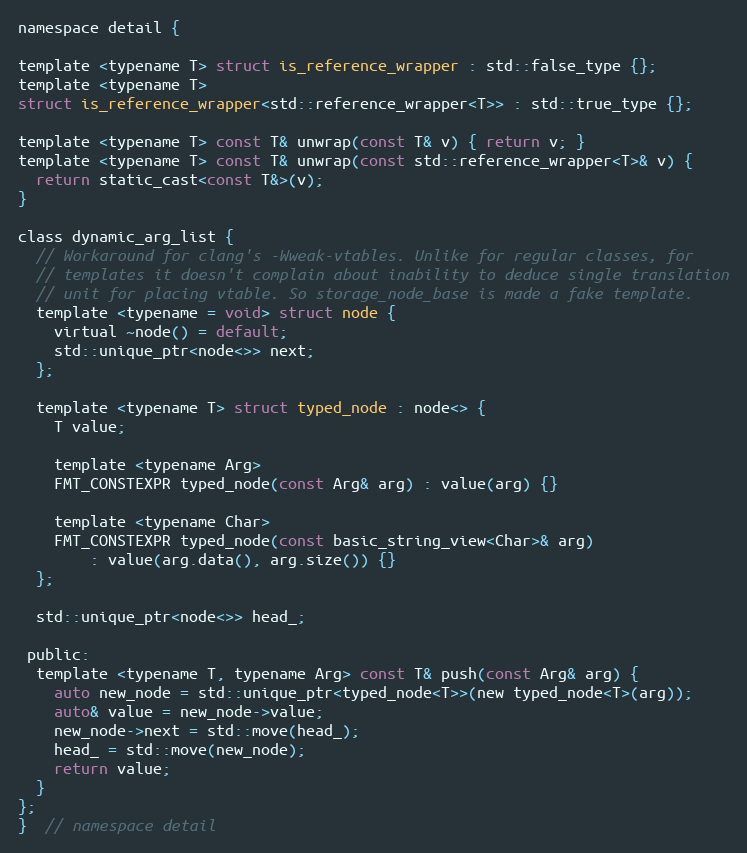
Language: C
namespace detail {

template <typename T> struct is_reference_wrapper : std::false_type {};
template <typename T>
struct is_reference_wrapper<std::reference_wrapper<T>> : std::true_type {};

template <typename T> const T& unwrap(const T& v) { return v; }
template <typename T> const T& unwrap(const std::reference_wrapper<T>& v) {
  return static_cast<const T&>(v);
}

class dynamic_arg_list {
  // Workaround for clang's -Wweak-vtables. Unlike for regular classes, for
  // templates it doesn't complain about inability to deduce single translation
  // unit for placing vtable. So storage_node_base is made a fake template.
  template <typename = void> struct node {
    virtual ~node() = default;
    std::unique_ptr<node<>> next;
  };

  template <typename T> struct typed_node : node<> {
    T value;

    template <typename Arg>
    FMT_CONSTEXPR typed_node(const Arg& arg) : value(arg) {}

    template <typename Char>
    FMT_CONSTEXPR typed_node(const basic_string_view<Char>& arg)
        : value(arg.data(), arg.size()) {}
  };

  std::unique_ptr<node<>> head_;

 public:
  template <typename T, typename Arg> const T& push(const Arg& arg) {
    auto new_node = std::unique_ptr<typed_node<T>>(new typed_node<T>(arg));
    auto& value = new_node->value;
    new_node->next = std::move(head_);
    head_ = std::move(new_node);
    return value;
  }
};
}  // namespace detail